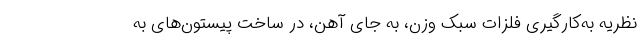
نظریه به‌کارگیری فلزات سبک وزن، به جای آهن، در ساخت پیستون‌های به